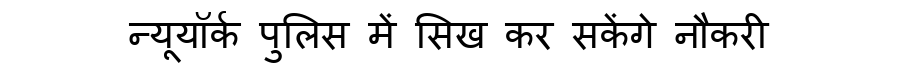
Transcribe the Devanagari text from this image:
न्यूयॉर्क पुलिस में सिख कर सकेंगे नौकरी